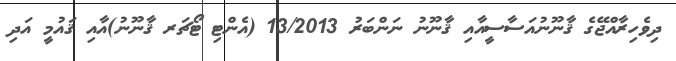
ދިވެހިރާއްޖޭގެ ޤާނޫނުއަސާސީއާއި ޤާނޫނު ނަންބަރު 13/2013 (އެންޓި ޓޯޗަރ ޤާނޫނު)އާއި ޤައުމީ އަދި